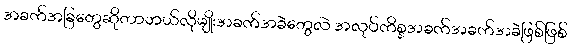
အခက်အခြတွေဆိုတာဘယ်လိုမျိုးအခက်အခဲတွေလဲ အလုပ်ကိစ္စအခက်အခက်အခဲဖြစ်ဖြစ်